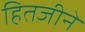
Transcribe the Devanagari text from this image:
हितजीने